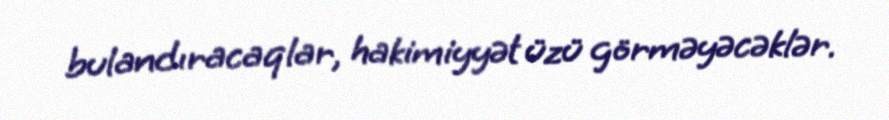
bulandıracaqlar, hakimiyyət üzü görməyəcəklər.